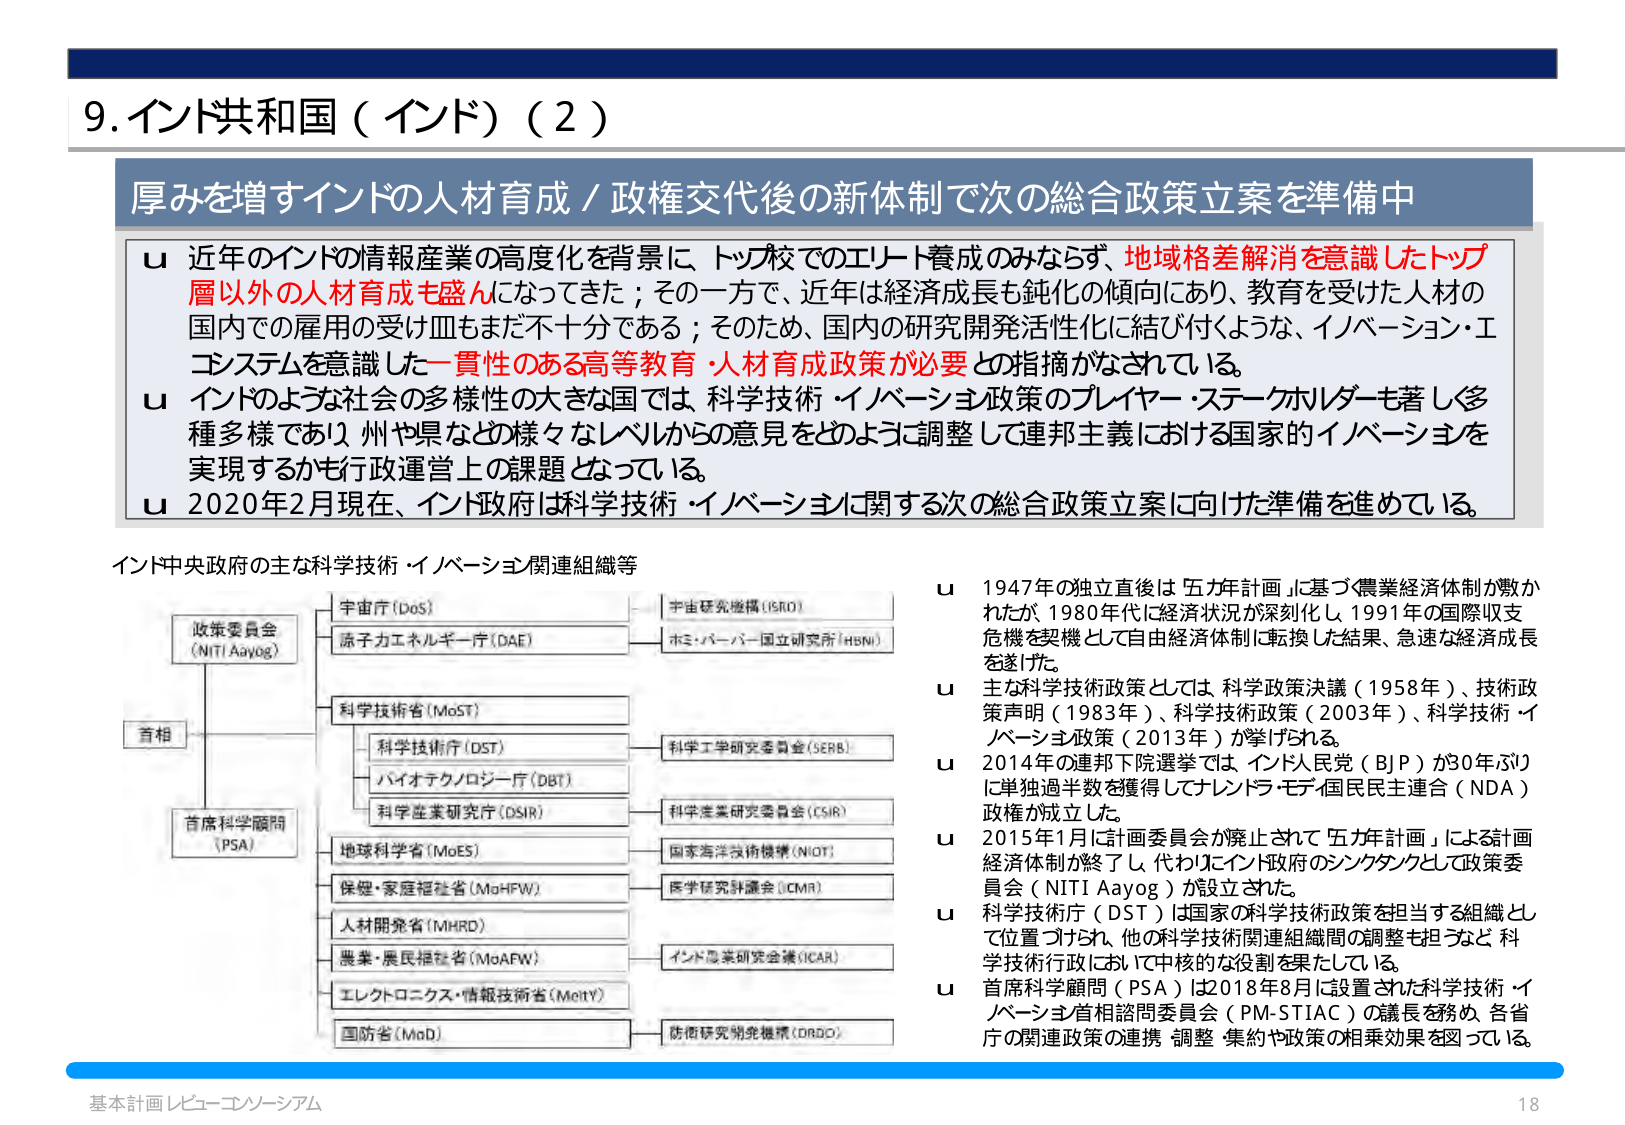
9. インド共和国（インド）（2）

厚みを増すインドの人材育成／政権交代後の新体制で次の総合政策立案を準備中

u 近年のインドの情報産業の高度化を背景に、トップ校でのエリート養成のみならず、地域格差解消を意識したトップ層以外の人材育成も盛んになってきた；その一方で、近年は経済成長も鈍化の傾向にあり、教育を受けた人材の国内での雇用の受け皿もまだ不十分である；そのため、国内の研究開発活性化に結び付くような、イノベーション・エコシステムを意識した一貫性のある高等教育・人材育成政策が必要との指摘がなされている。

u インドのような社会の多様性の大きな国では、科学技術・イノベーション政策のプレイヤー・ステークホルダーも著しく多種多様であり、州や県など様々なレベルからの意見をどのように調整して連邦主義における国家的イノベーションを実現するかも行政運営上の課題となっている。

u 2020年2月現在、インド政府は科学技術・イノベーションに関する次の総合政策立案に向けた準備を進めている。

インド中央政府の主な科学技術・イノベーション関連組織等

政策委員会（NITI Aayog）
宇宙庁（DoS）
原子力エネルギー庁（DAE）
宇宙研究機構（ISRO）
ホミ・バーバー国立研究所（HBNI）
科学技術省（MoST）
科学技術庁（DST）
バイオテクノロジー庁（DBT）
科学産業研究庁（DSIR）
科学工学研究委員会（SERB）
科学産業研究委員会（CSIR）
地球科学省（MoES）
国家海洋技術機構（NIOT）
保健・家庭福祉省（MoHFW）
医学研究評議会（ICMR）
人材開発省（MHRD）
農業・農民福祉省（MoAFW）
インド農業研究会議（ICAR）
エレクトロニクス・情報技術省（MeitY）
国防省（MoD）
防衛研究開発機構（DRDO）

u 1947年の独立直後は「五年計画」に基づく農業経済体制が敷かれたが、1980年代に経済状況が深刻化し、1991年の国際収支危機を契機として自由経済体制に転換した結果、急速な経済成長を遂げた。

u 主な科学技術政策としては、科学政策決議（1958年）、技術政策声明（1983年）、科学技術政策（2003年）、科学技術・イノベーション政策（2013年）が挙げられる。

u 2014年の連邦下院選挙では、インド人民党（BJP）が30年ぶりに単独過半数を獲得してナレンドラ・モディ国民民主連合（NDA）政権が成立した。

u 2015年1月に計画委員会が廃止されて「五年計画」による計画経済体制が終了し、代わりにインド政府のシンクタンクとして政策委員会（NITI Aayog）が設立された。

u 科学技術庁（DST）は国家の科学技術政策を担当する組織として位置づけられ、他の科学技術関連組織間の調整も担うなど、科学技術行政において中枢的な役割を果たしている。

u 首席科学顧問（PSA）は2018年8月に設置された科学技術・イノベーション首相諮問委員会（PM-STIAC）の議長を務め、各省庁の関連政策の連携・調整・集約や政策の相乗効果を図っている。

基本計画レビュー・コンソーシアム
18